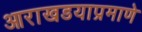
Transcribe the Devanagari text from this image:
आराखडयाप्रमाणे